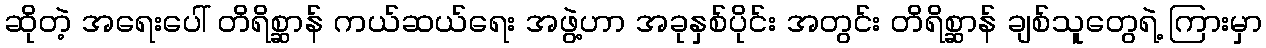
ဆိုတဲ့ အရေးပေါ် တိရိစ္ဆာန် ကယ်ဆယ်ရေး အဖွဲ့ဟာ အခုနှစ်ပိုင်း အတွင်း တိရိစ္ဆာန် ချစ်သူတွေရဲ့ ကြားမှာ